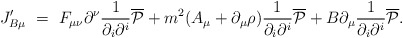
\begin{align*}J_{B \mu}'~=~F_{\mu \nu}\partial^{\nu} \frac{1}{\partial_{i}\partial^{i}}{\overline{\cal P}}+ m^{2} ( A_{\mu} + \partial_\mu \rho ) \frac{1}{\partial_{i}\partial^{i}}{\overline{\cal P}} + B \partial_{\mu} \frac{1}{\partial_{i}\partial^{i}}{\overline{\cal P}}.\end{align*}